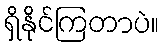
ရှိနိုင်ကြတာပဲ။